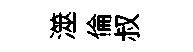
澨倫叔